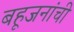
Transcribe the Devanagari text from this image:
बहूजनांची